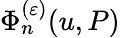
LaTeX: \Phi_{n}^{(\varepsilon)}(u,P)